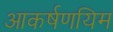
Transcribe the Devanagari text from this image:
आकर्षणयिम